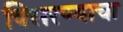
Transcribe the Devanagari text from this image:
विसरण्याचा